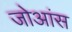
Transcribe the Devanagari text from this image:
जोआंस